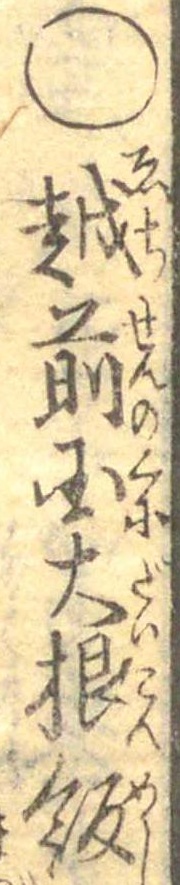
○越前国大根飯